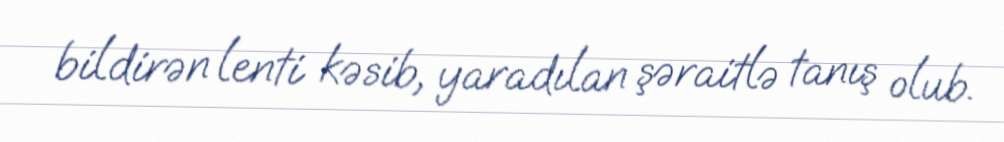
bildirən lenti kəsib, yaradılan şəraitlə tanış olub.